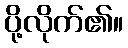
ပို့လိုက်၏။